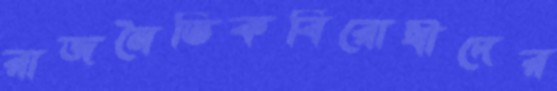
রাজনৈতিকবিরোধীদের